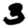
Digit: 3